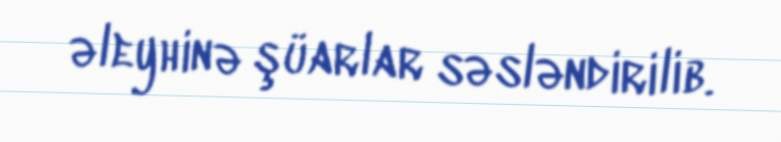
əleyhinə şüarlar səsləndirilib.